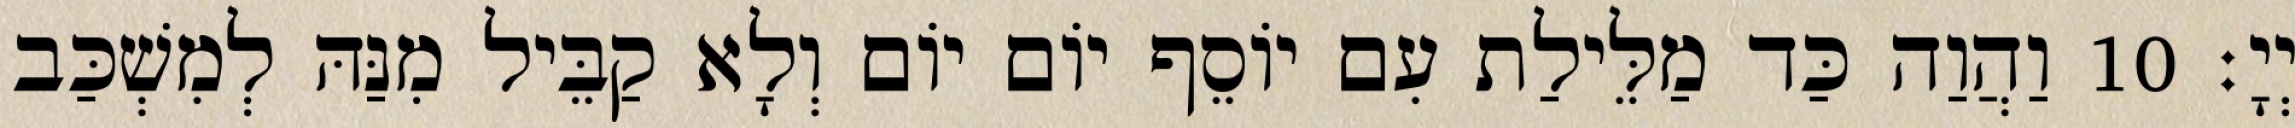
יְיָ׃ 10 וַהֲוַה כַּד מַלֵּילַת עִם יוֹסֵף יוֹם יוֹם וְלָא קַבֵּיל מִנַּהּ לְמִשְׁכַּב